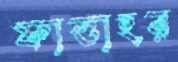
ফাত্তাহর